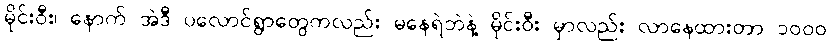
မိုင်းဝီး၊ နောက် အဲဒီ ပလောင်ရွာတွေကလည်း မနေရဲဘဲနဲ့ မိုင်းဝီး မှာလည်း လာနေထားတာ ၁၀၀၀